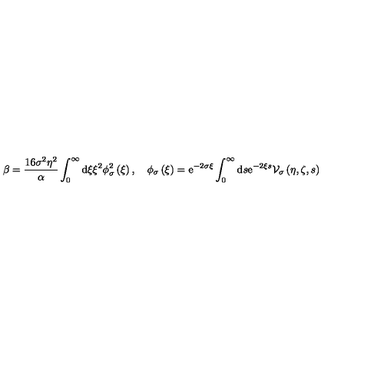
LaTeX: \beta = \frac { 1 6 \sigma ^ { 2 } \eta ^ { 2 } } { \alpha } \int _ { 0 } ^ { \infty } \mathrm { d } \xi \xi ^ { 2 } \phi _ { \sigma } ^ { 2 } \left( \xi \right) , \quad \phi _ { \sigma } \left( \xi \right) = \mathrm { e } ^ { - 2 \sigma \xi } \int _ { 0 } ^ { \infty } \mathrm { d } s \mathrm { e } ^ { - 2 \xi s } { \cal V } _ { \sigma } \left( \eta , \zeta , s \right)